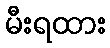
မီးရထား